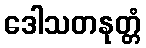
ဒေါသတနုတ္တံ